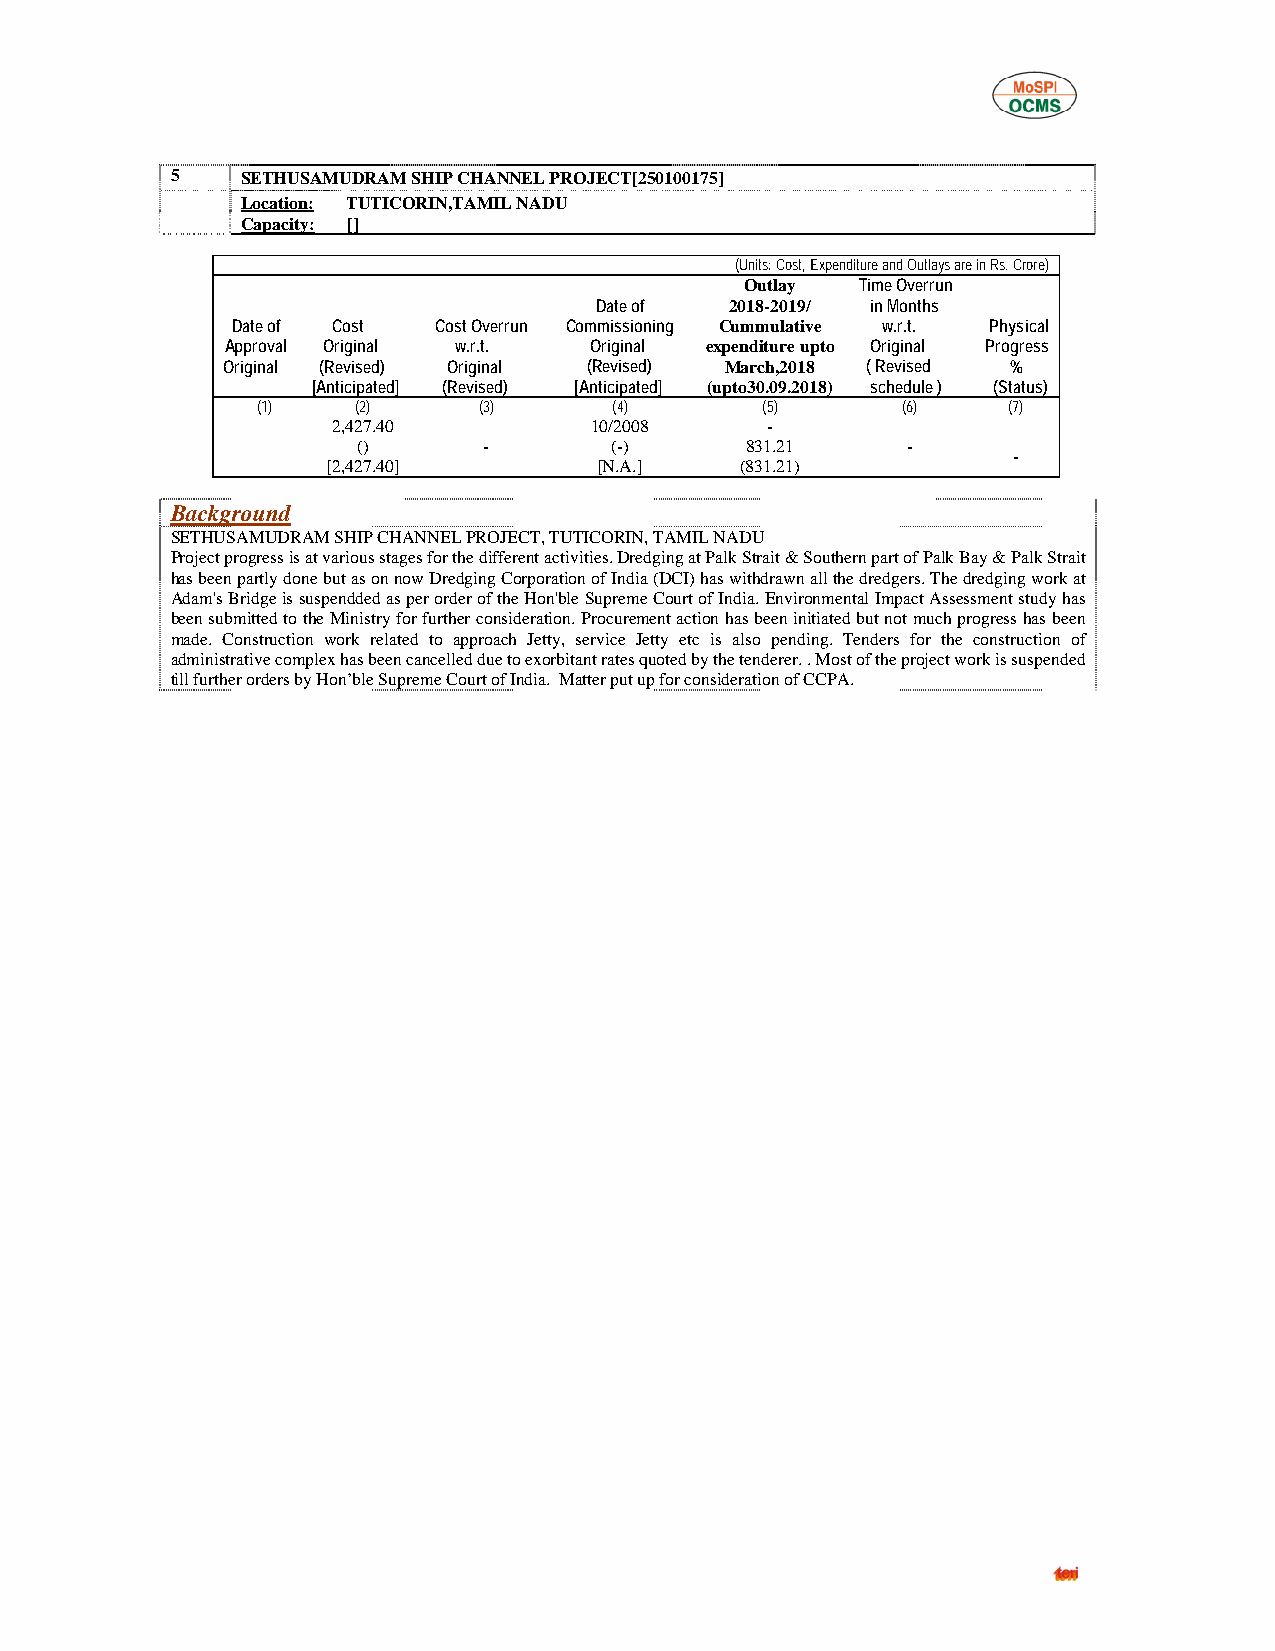
5    SETHUSAMUDRAM SHIP CHANNEL PROJECT[250100175]
 Location: TUTICORIN,TAMIL NADU
 Capacity: []
 (Units: Cost, Expenditure and Outlays are in Rs. Crore)
 Outlay  Time Overrun
 Date of  2018-2019/ in Months
 Date of Cost  Cost Overrun Commissioning Cummulative w.r.t. Physical
 Approval Original w.r.t. Original expenditure upto Original Progress
 Original (Revised) Original (Revised) March,2018 ( Revised %
 [Anticipated] (Revised) [Anticipated] (upto30.09.2018) schedule ) (Status)
 (1)    (2)     (3)      (4)      (5)       (6)    (7)
 2,427.40         10/2008     -
 ()      -       (-)      831.21     -
 -
 [2,427.40]        [N.A.]   (831.21)
 Background
 SETHUSAMUDRAM SHIP CHANNEL PROJECT, TUTICORIN, TAMIL NADU
 Project progress is at various stages for the different activities. Dredging at Palk Strait & Southern part of Palk Bay & Palk Strait
 has been partly done but as on now Dredging Corporation of India (DCI) has withdrawn all the dredgers. The dredging work at
 Adam's Bridge is suspendded as per order of the Hon'ble Supreme Court of India. Environmental Impact Assessment study has
 been submitted to the Ministry for further consideration. Procurement action has been initiated but not much progress has been
 made. Construction work related to approach Jetty, service Jetty etc is also pending. Tenders for the construction of
 administrative complex has been cancelled due to exorbitant rates quoted by the tenderer. . Most of the project work is suspended
 till further orders by Hon’ble Supreme Court of India. Matter put up for consideration of CCPA.